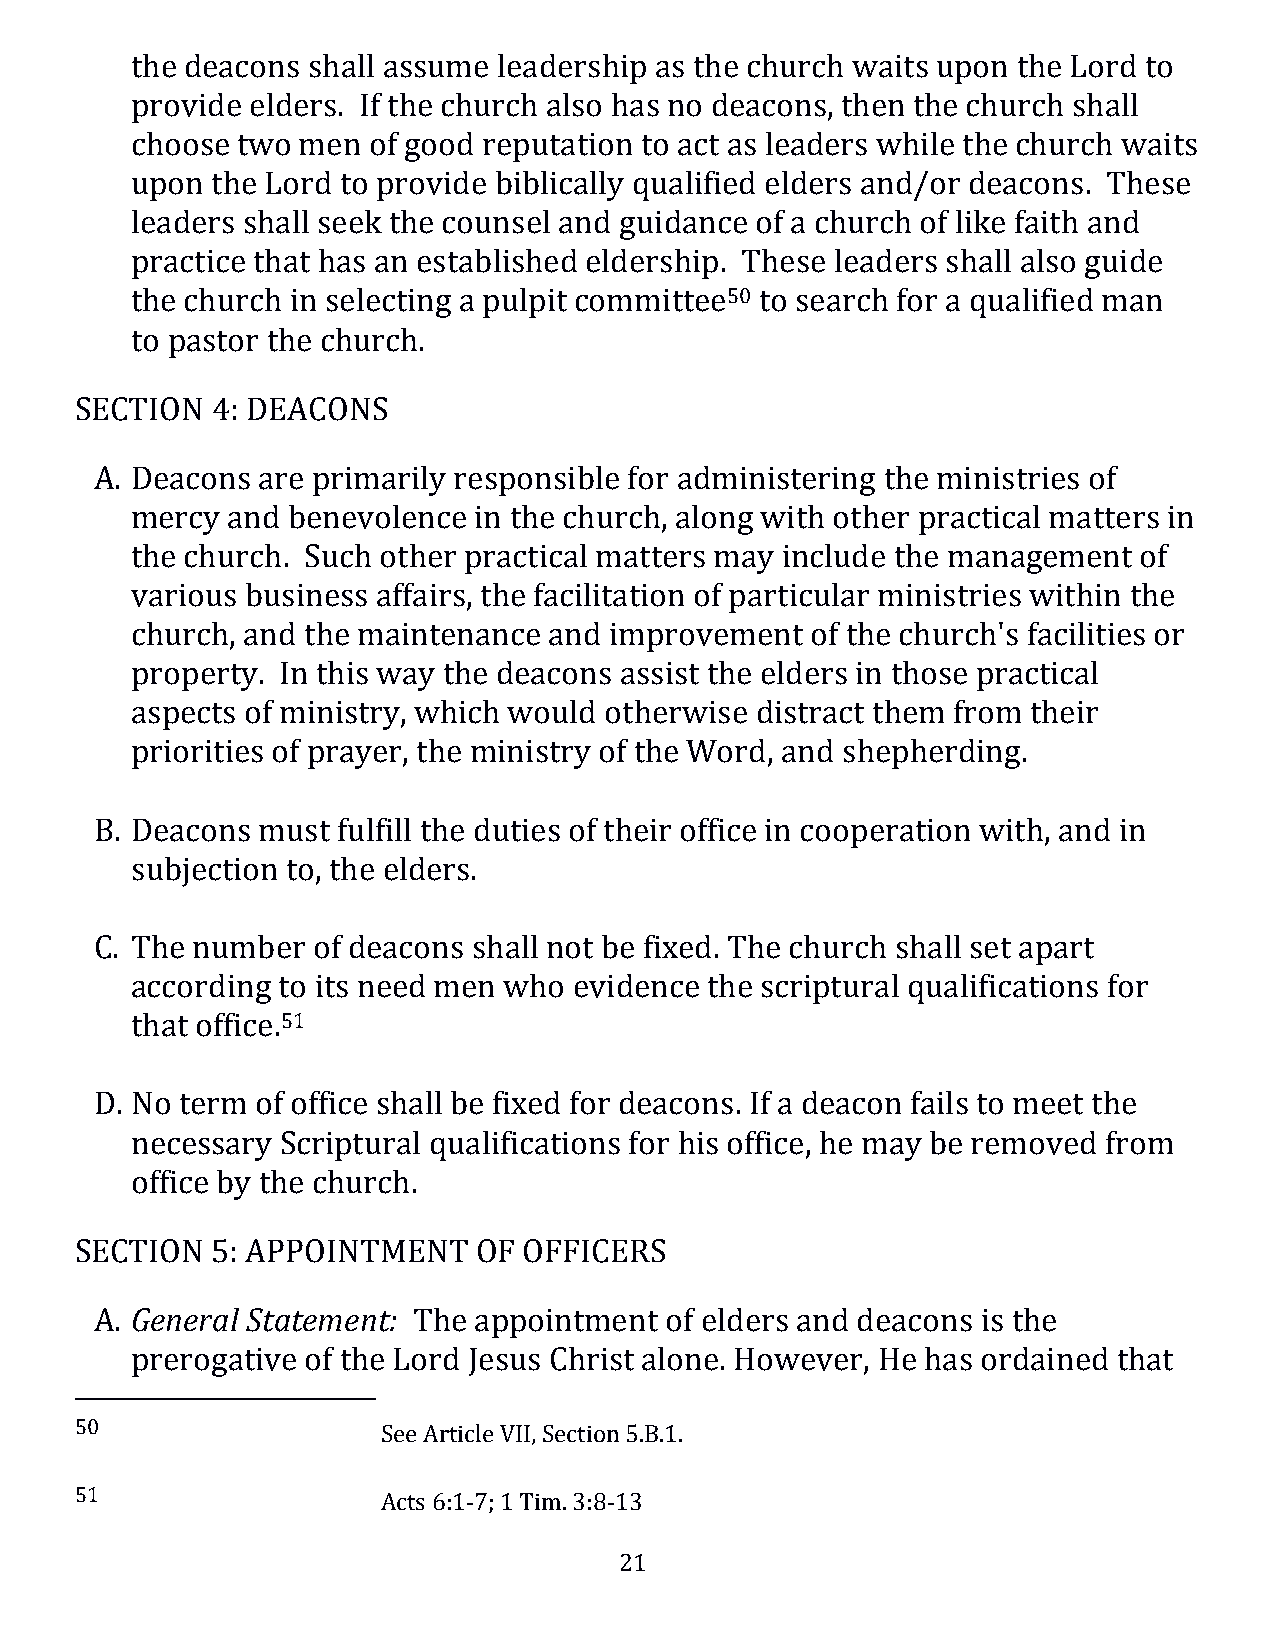
the deacons shall assume leadership as the church waits upon the Lord to
 provide elders. If the church also has no deacons, then the church shall
 choose two men of good reputation to act as leaders while the church waits
 upon the Lord to provide biblically qualified elders and/or deacons. These
 leaders shall seek the counsel and guidance of a church of like faith and
 practice that has an established eldership. These leaders shall also guide
 the church in selecting a pulpit committee50 to search for a qualified man
 to pastor the church.
 SECTION  4: DEACONS
 A. Deacons are primarily responsible for administering the ministries of
 mercy and benevolence in the church, along with other practical matters in
 the church. Such other practical matters may include the management of
 various business affairs, the facilitation of particular ministries within the
 church, and the maintenance and improvement  of the church's facilities or
 property. In this way the deacons assist the elders in those practical
 aspects of ministry, which would otherwise distract them from their
 priorities of prayer, the ministry of the Word, and shepherding.
 B. Deacons must fulfill the duties of their office in cooperation with, and in
 subjection to, the elders.
 C. The number  of deacons shall not be fixed. The church shall set apart
 according to its need men who evidence the scriptural qualifications for
 that office.51
 D. No term of office shall be fixed for deacons. If a deacon fails to meet the
 necessary Scriptural qualifications for his office, he may be removed from
 office by the church.
 SECTION  5: APPOINTMENT    OF OFFICERS
 A. General Statement: The appointment of elders and deacons is the
 prerogative of the Lord Jesus Christ alone. However, He has ordained that
 50                  See Article VII, Section 5.B.1.
 51                  Acts 6:1-7; 1 Tim. 3:8-13
 21